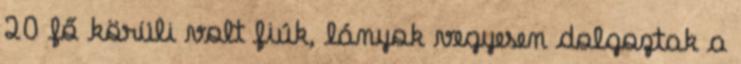
20 fő körüli volt fiúk, lányok vegyesen dolgoztak a